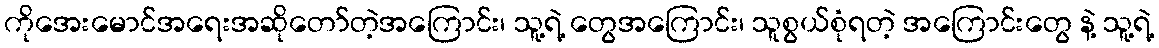
ကိုအေးမောင်အရေးအဆိုတော်တဲ့အကြောင်း၊ သူ့ရဲ့ တွေအကြောင်း၊ သူစွယ်စုံရတဲ့ အကြောင်းတွေ နဲ့ သူ့ရဲ့